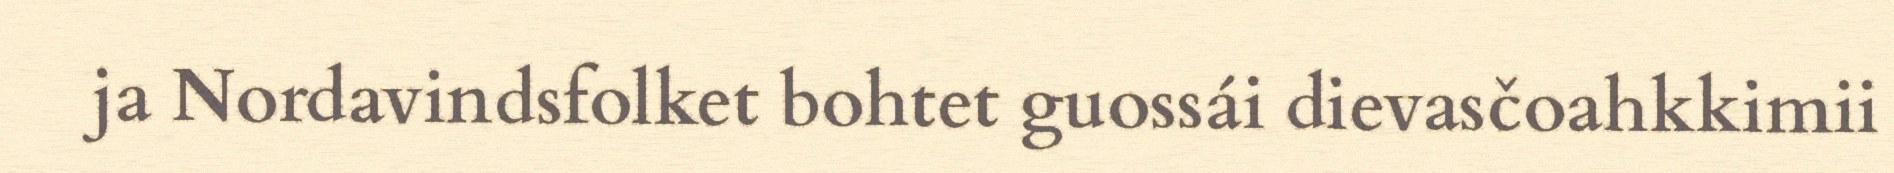
ja Nordavindsfolket bohtet guossái dievasčoahkkimii